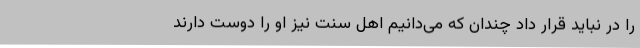
را در نباید قرار داد چندان که می‌دانیم اهل سنت نیز او را دوست دارند